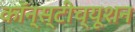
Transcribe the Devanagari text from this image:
कॉन्स्टीच्यूशन